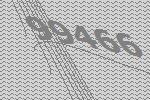
99466